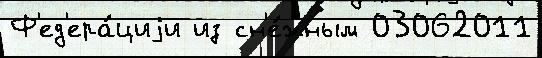
Ф'ед'ера́циjи из сн'е́жным 03062011